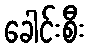
ခေါင်းစီး